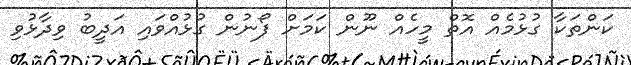
ކަންތަކާ ގުޅުމެއް އޮތް މީހެއް ނޫން ކަމަށް ފޯނުން ގުޅުއްވައި އަދީބު ވިދާޅުވި